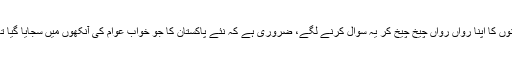
اس سے پہلے کہ خود موجودہ حکمرانوں کا اپنا رواں رواں چیخ چیخ کر یہ سوال کرنے لگے، ضروری ہے کہ نئے پاکستان کا جو خواب عوام کی آنکھوں میں سجایا گیا تھا اس کی جانب پیش قدمی کی جائے۔